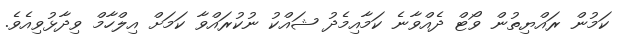
ކަމުން ރައްޔިތުން ވޯޓް ދެއްވާނެ ކަމާއިމެދު ޝައްކު ނުކުރައްވާ ކަމަށް އިލްހާމް ވިދާޅުވިއެވެ.